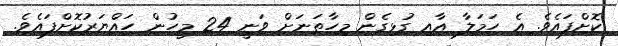
ކޮށްފައެވެ. އެ ހަމަލާ އާއި ގުޅިގެން މިހާތަނަށް ވަނީ 24 މީހުން ހައްޔަރުކޮށްފައެވެ.